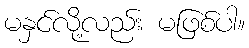
မနှင်လို့လည်း မဖြစ်ပါ။